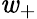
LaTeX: \mathit{w}_{+}